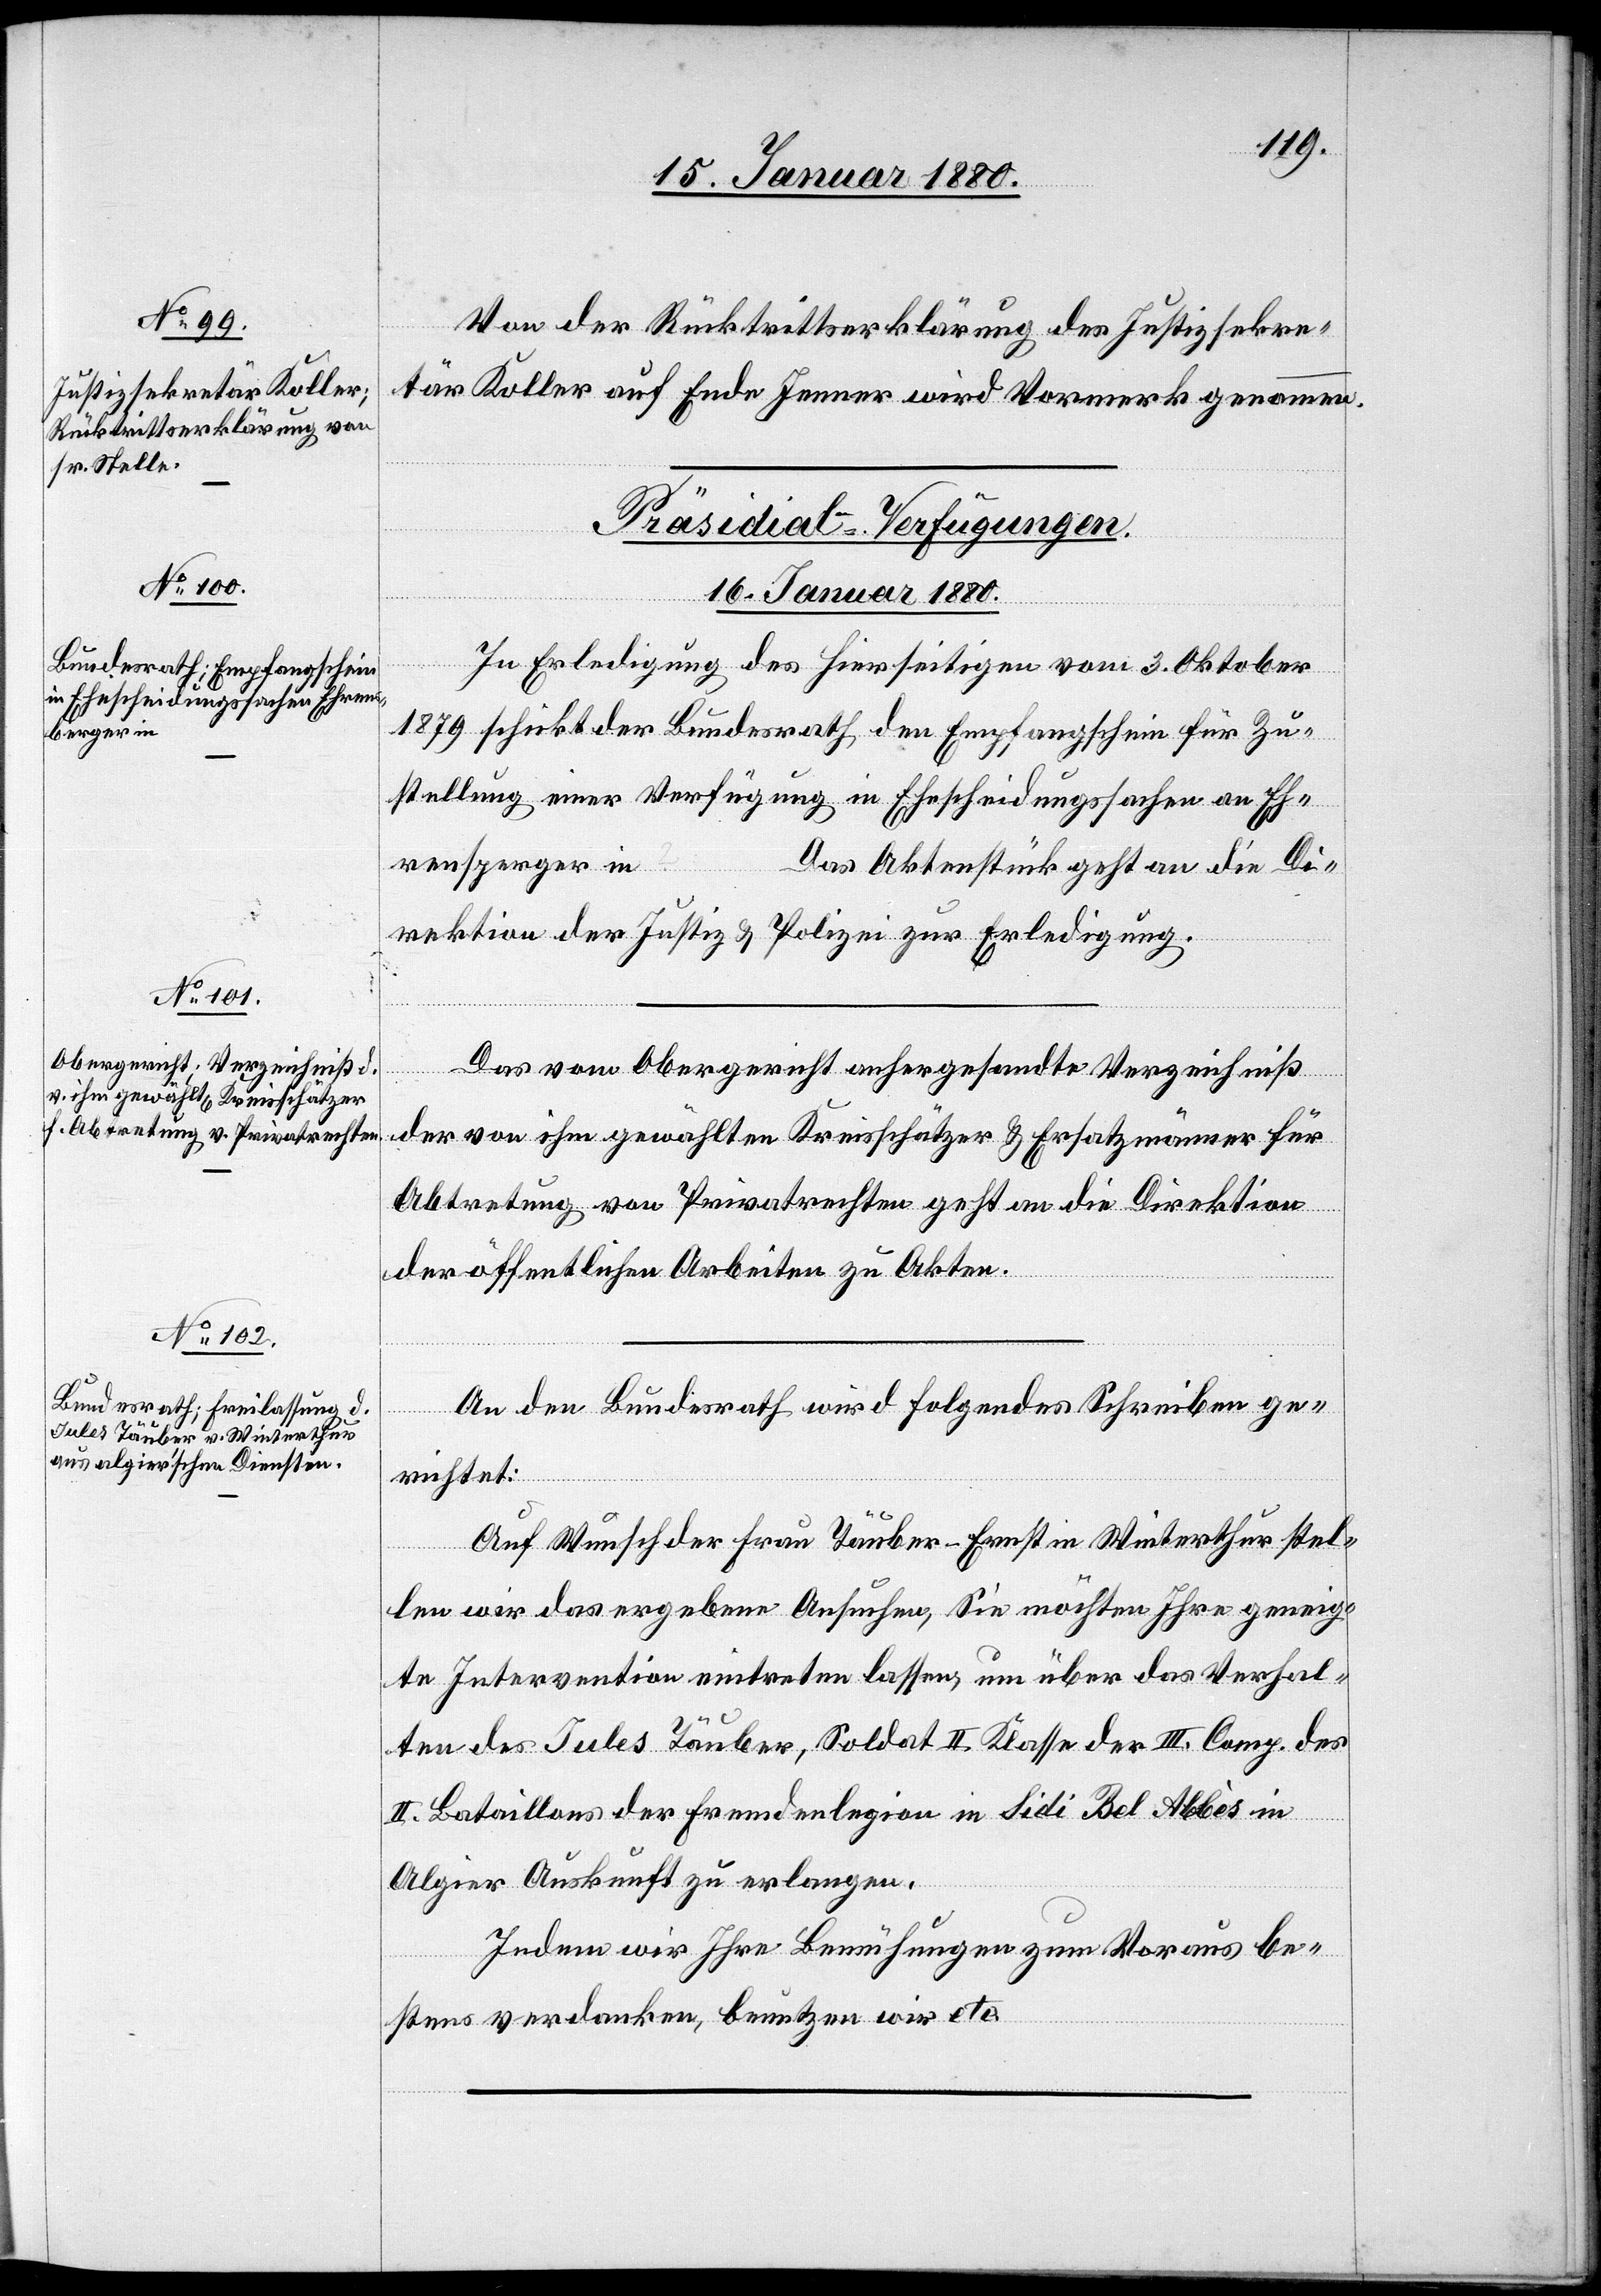
Von der Rücktrittserklärung des Justizsekre¬
tär Koller auf Ende Jenner wird Vormerk genommen.
[Präsidial-Verfügungen
16. Januar 1880.]
In Erledigung des hierseitigen vom 3. Oktober
1879 schickt der Bundesrath den Empfangschein für Zu¬
stellung einer Verfügung in Ehescheidungssachen an Eh¬
rensperger
Das Aktenstück geht an die Di¬
rektion der Justiz & Polizei zur Erledigung.
in
Das vom Obergericht anhergesandte Verzeichniß
der von ihm gewählten Kreisschätzer & Ersatzmänner für
Abtretung von Privatrechten geht an die Direktion
der öffentlichen Arbeiten zu Akten.
…
An den Bundesrath wird folgendes Schreiben ge¬
richtet:
Auf Wunsch der Frau Täuber Ernst in Winterthur stel¬
len wir das ergebene Ansuchen, Sie möchten Ihre geneig¬
te Intervention eintreten lassen, um über das Verhal¬
ten des Jules Täuber, Soldat II. Klasse des III. Corps des
II. Bataillons der Fremdenlegion in Sidi Bel Abbès in
Algier Auskunft zu erlangen.
Indem wir Ihre Bemühungen zum Voraus be¬
stens verdanken, benutzen wir etc.